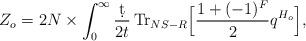
LaTeX: \begin{align*}Z_o = 2N\times \int_{0}^{\infty} \frac{\d t}{2t} \, \mbox{Tr}_{NS-R}\Big[\frac{1+(-1)^F}{2}q^{H_o}\Big],\end{align*}